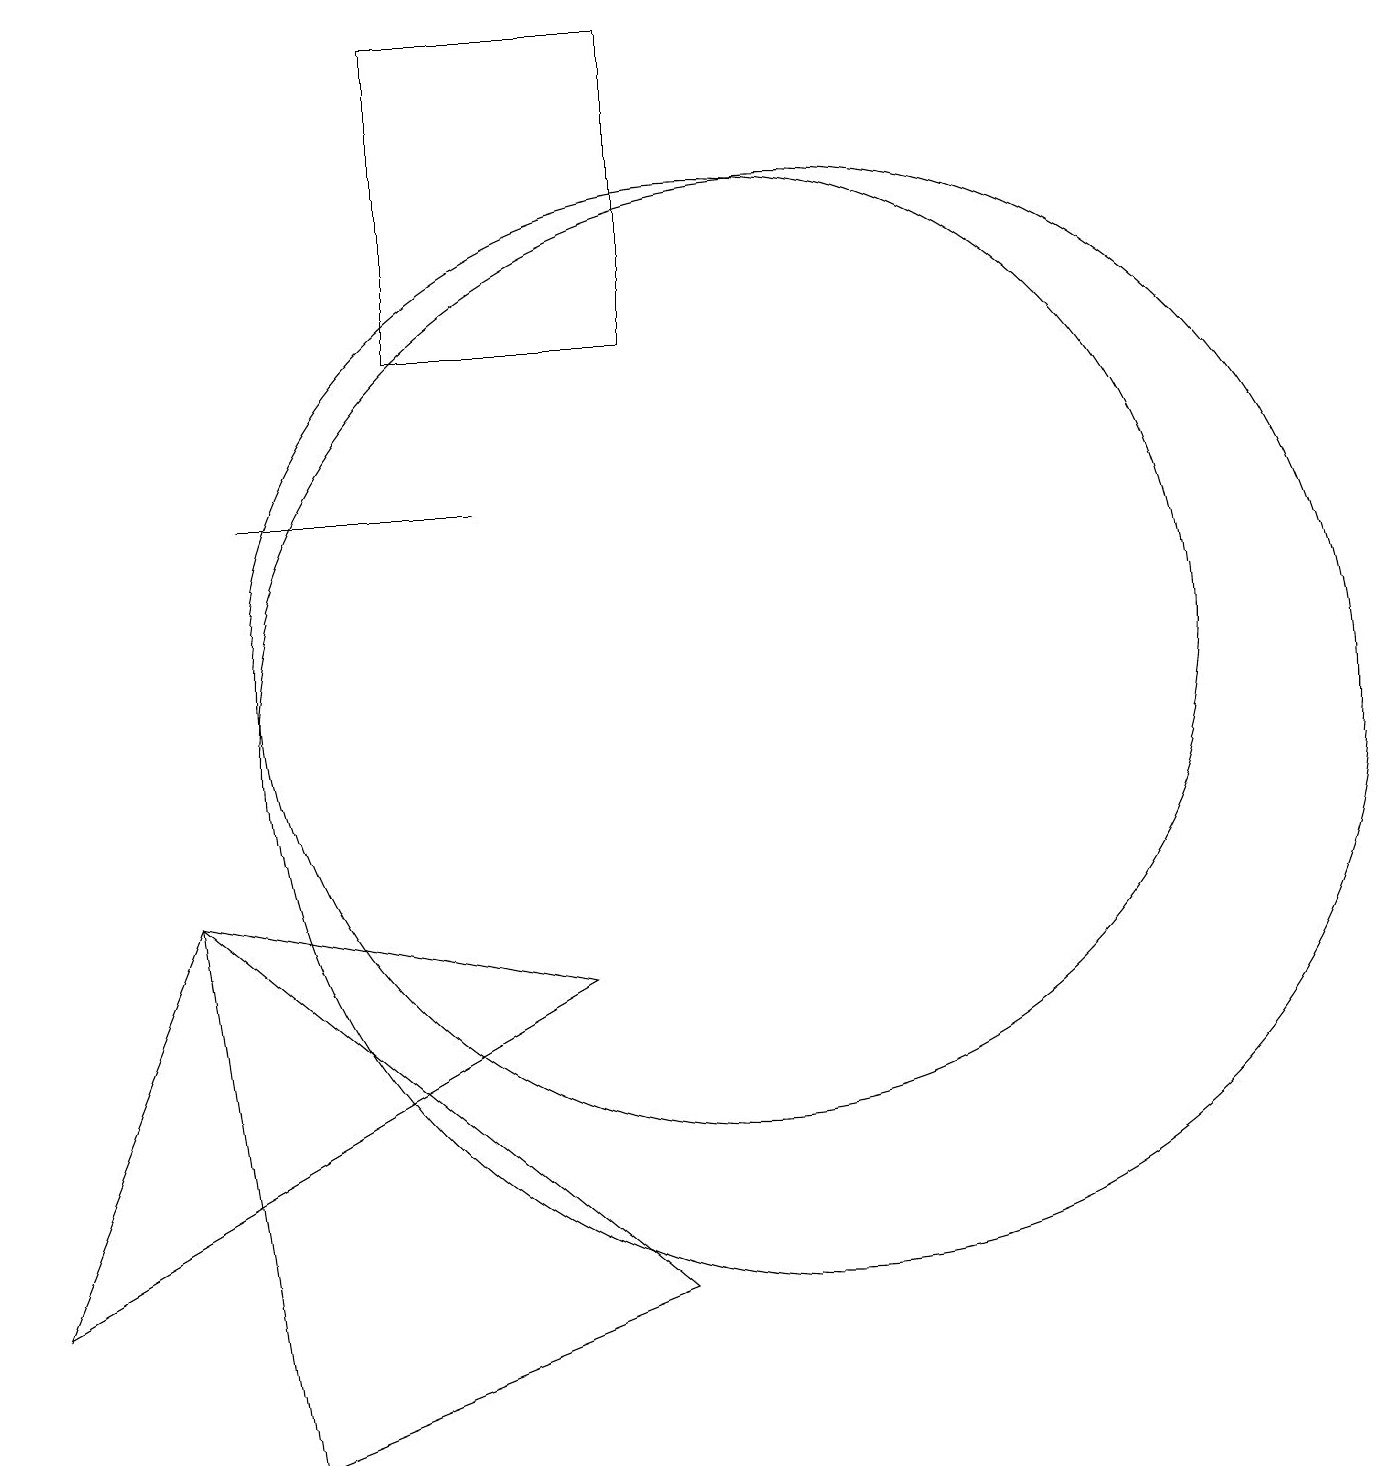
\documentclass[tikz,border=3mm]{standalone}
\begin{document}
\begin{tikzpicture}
\draw (6,19) rectangle (9,15);
\draw (3,8) -- (8,7) -- (1,3) -- cycle;
\draw (4,13) rectangle (7,13);
\draw (11,10) circle (7);
\draw (9,3) -- (4,1) -- (3,8) -- cycle;
\draw (10,11) circle (6);
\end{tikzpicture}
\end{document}